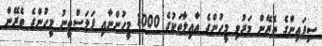
ސިފައިންގެ ތެރޭން މަރުވި މީހުންގެ އާއިލާތަކުގެ 1000 މީހުންނާއި ފަލަސްތީނު މީހުންގެ ތެރޭން